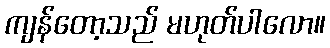
ကျန်တော့သည် မဟုတ်ပါလော။